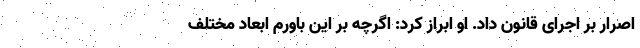
اصرار بر اجرای قانون داد. او ابراز کرد: اگرچه بر این باورم ابعاد مختلف